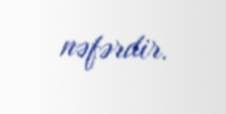
nəfərdir.